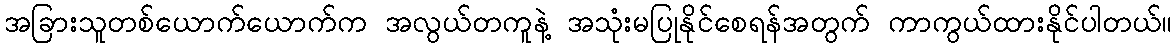
အခြားသူတစ်ယောက်ယောက်က အလွယ်တကူနဲ့ အသုံးမပြုနိုင်စေရန်အတွက် ကာကွယ်ထားနိုင်ပါတယ်။